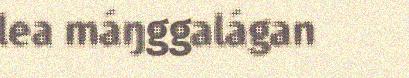
lea máŋggalágan